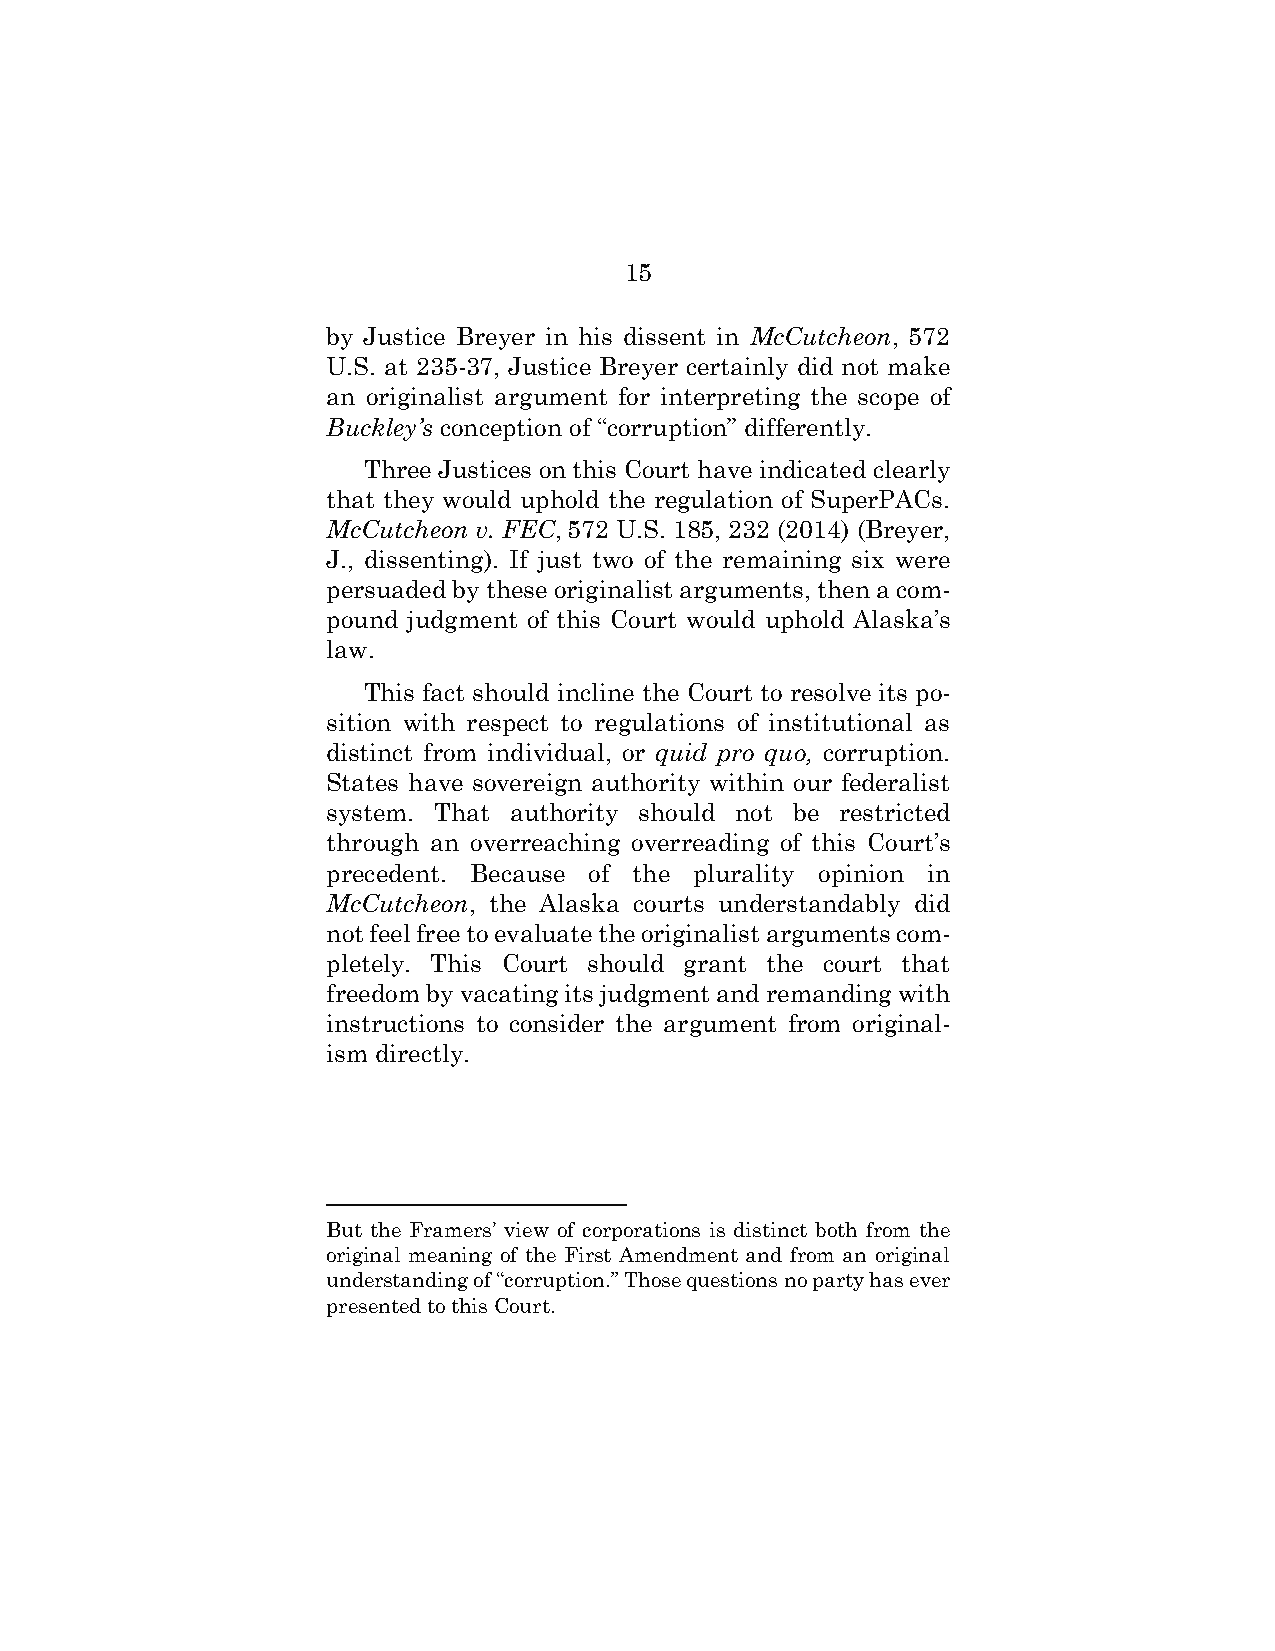
15
 by Justice Breyer in his dissent in McCutcheon, 572
 U.S. at 235-37, Justice Breyer certainly did not make
 an originalist argument for interpreting the scope of
 Buckley’s conception of “corruption” differently.
 Three Justices on this Court have indicated clearly
 that they would uphold the regulation of SuperPACs.
 McCutcheon v. FEC, 572 U.S. 185, 232 (2014) (Breyer,
 J., dissenting). If just two of the remaining six were
 persuaded by these originalist arguments, then a com-
 pound judgment of this Court would uphold Alaska’s
 law.
 This fact should incline the Court to resolve its po-
 sition with respect to regulations of institutional as
 distinct from individual, or quid pro quo, corruption.
 States have sovereign authority within our federalist
 system. That authority should not be restricted
 through an overreaching overreading of this Court’s
 precedent. Because of the plurality opinion in
 McCutcheon, the Alaska courts understandably did
 not feel free to evaluate the originalist arguments com-
 pletely. This Court should grant the court that
 freedom by vacating its judgment and remanding with
 instructions to consider the argument from original-
 ism directly.
 But the Framers’ view of corporations is distinct both from the
 original meaning of the First Amendment and from an original
 understanding of “corruption.” Those questions no party has ever
 presented to this Court.